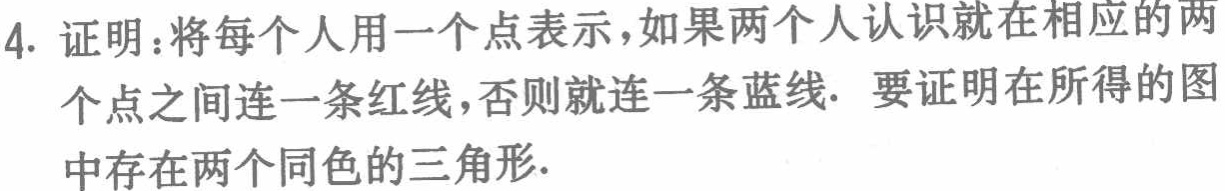
4. 证明：将每个人用一个点表示，如果两个人认识就在相应的两个点之间连一条红线，否则就连一条蓝线. 要证明在所得的图中存在两个同色的三角形.